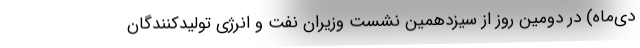
دی‌ماه) در دومین روز از سیزدهمین نشست وزیران نفت و انرژی تولیدکنندگان